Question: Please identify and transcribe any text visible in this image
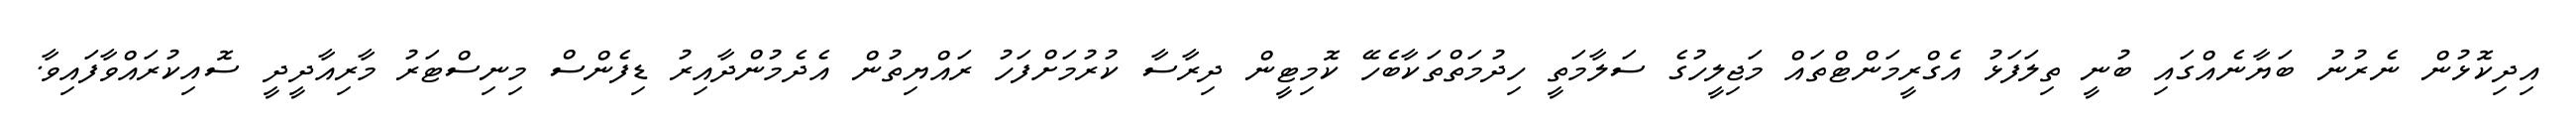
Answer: އިދިކޮޅުން ނެރުނު ބަޔާނެއްގައި ބުނީ ތިލަފަޅު އެގްރީމަންޓްތައް މަޖިލީހުގެ ސަލާމަތީ ހިދުމަތްތަކާބެހޭ ކޮމިޓީން ދިރާސާ ކުރުމަށްފަހު ރައްޔިތުން އެދެމުންދާއިރު ޑިފެންސް މިނިސްޓަރު މާރިއާދީދީ ސޮއިކުރައްވާފައިވާ.